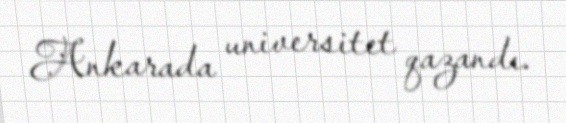
Ankarada universitet qazandı.